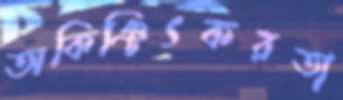
অকিঞ্চিৎকরতা